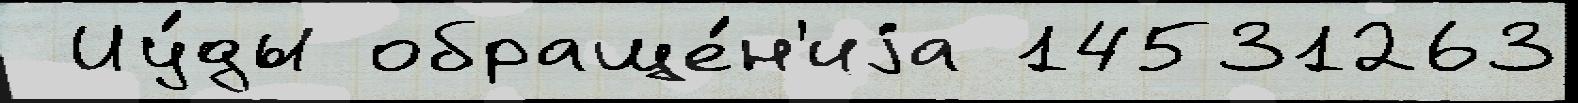
 Иу́ды обраще́н'иjа 14531263